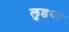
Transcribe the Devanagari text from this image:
लुडया